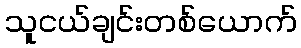
သူငယ်ချင်းတစ်ယောက်